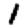
Digit: 1